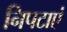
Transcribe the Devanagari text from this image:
निपटाएं